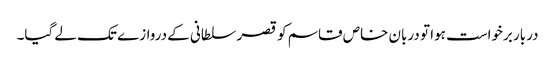
دربار برخواست ہوا تو دربان خاص قاسم کو قصر سلطانی کے دروازے تک لے گیا۔